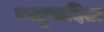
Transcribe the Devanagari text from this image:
वस्तुवादिता